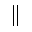
\parallel